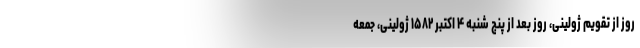
روز از تقویم ژولینی، روزِ بعد از پنج شنبه ۴ اکتبر ۱۵۸۲ ژولینی، جمعه